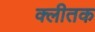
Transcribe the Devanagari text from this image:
क्लीतक